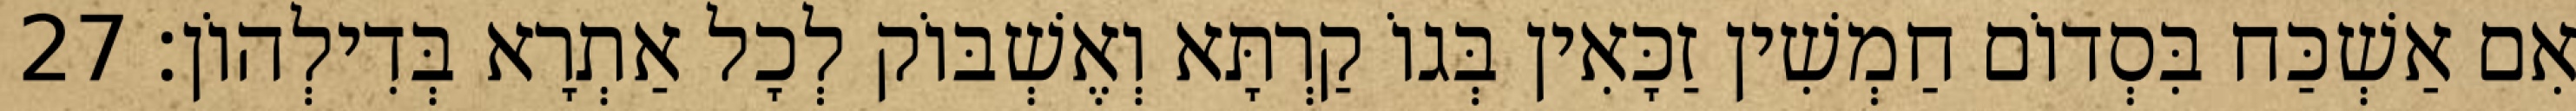
אִם אַשְׁכַּח בִּסְדוֹם חַמְשִׁין זַכָּאִין בְּגוֹ קַרְתָּא וְאֶשְׁבּוֹק לְכָל אַתְרָא בְּדִילְהוֹן׃ 27